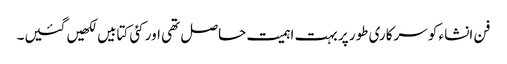
فن انشاء کو سرکاری طور پر بہت اہمیت حاصل تھی اور کئی کتابیں لکھیں گئیں۔